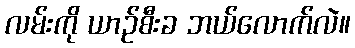
လမ်းကို ယာဉ်စီးခ ဘယ်လောက်လဲ။